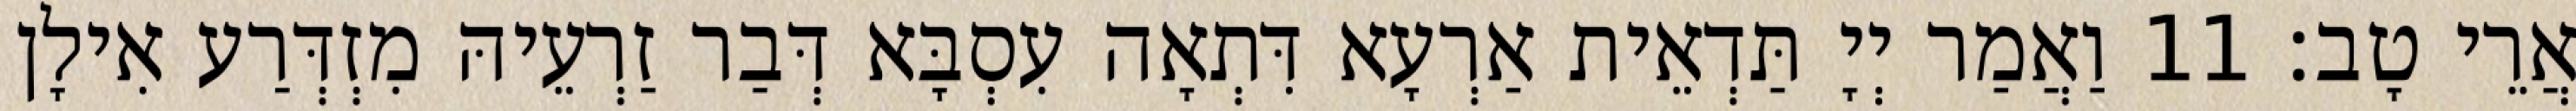
אֲרֵי טָב׃ 11 וַאֲמַר יְיָ תַּדְאֵית אַרְעָא דִּתְאָה עִסְבָּא דְּבַר זַרְעֵיהּ מִזְדְּרַע אִילָן